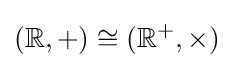
(\mathbb {R} ,+)\cong (\mathbb {R} ^{+},\times )